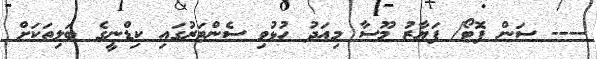
---- ސަން ފޮޓޯ/ ފަޔާޒު މޫސާ މިއަދު ހުޅުވި ސެންޓަރުގައި ކިޑްނީގެ ބަލިތަކަށް